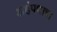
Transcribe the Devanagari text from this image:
अहंपणाचा